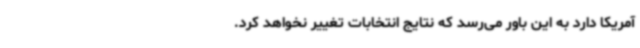
آمریکا دارد به این باور می‌رسد که نتایج انتخابات تغییر نخواهد کرد.